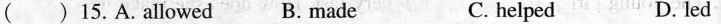
() 15.A.allowed B. made C. helped D. led